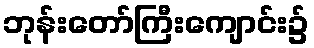
ဘုန်းတော်ကြီးကျောင်း၌